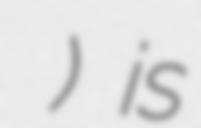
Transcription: علی خان) is